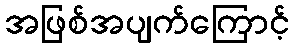
အဖြစ်အပျက်ကြောင့်